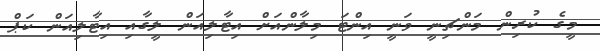
މީގެ ކުރިން މަންޗިނީ ވަނީ އިންޓަ މިލާންއަށް އިޓާލިއަން ލީގާއި އިޓާލިއަން ކަޕް